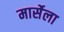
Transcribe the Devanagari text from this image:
मार्सेला